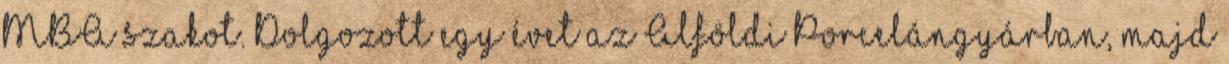
MBA szakot. Dolgozott egy évet az Alföldi Porcelángyárban, majd